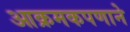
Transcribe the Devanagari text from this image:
आक्रमकपणाने